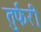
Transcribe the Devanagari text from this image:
तुर्फरी